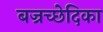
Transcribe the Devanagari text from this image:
बज्रच्छेदिका